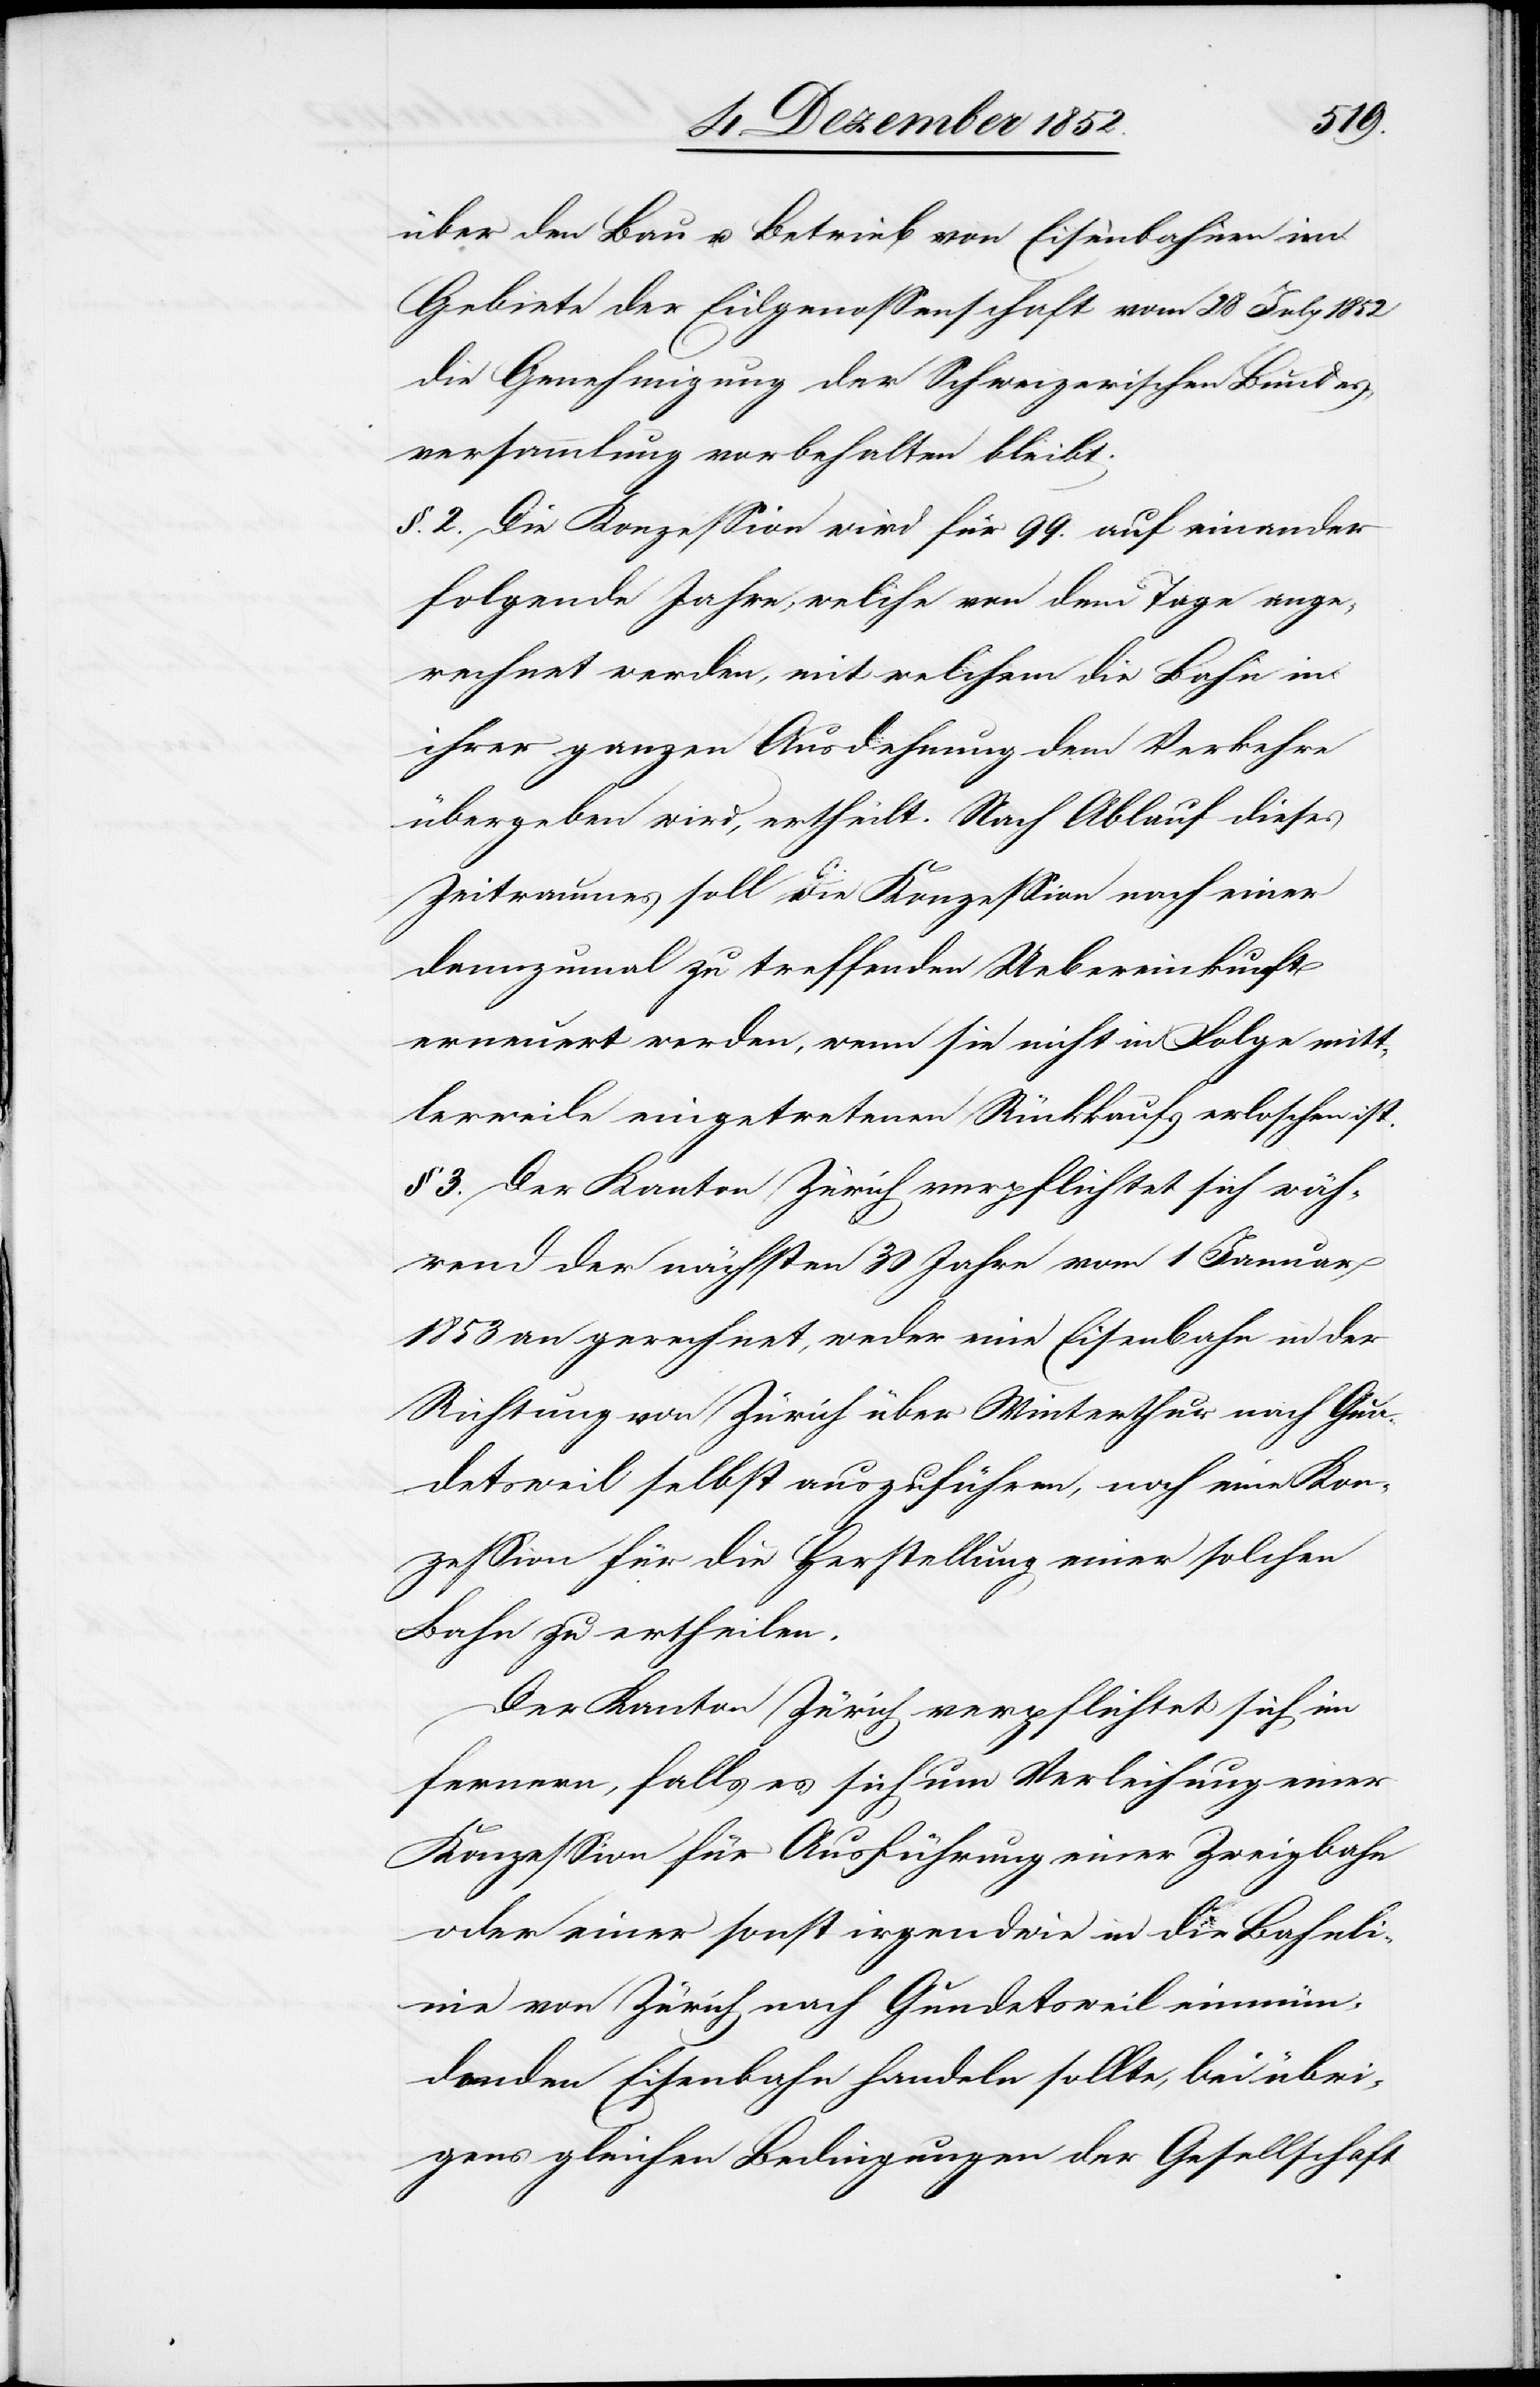
über den Bau u. Betrieb von Eisenbahnen im
Gebiete der Eidgenossenschaft vom 28 July 1852
die Genehmigung der Schweizerischen Bundes¬
versammlung vorbehalten bleibt.
§. 2. Die Konzession wird für 99. auf einander
folgende Jahre, welche von dem Tage ange¬
rechnet werden, mit welchem die Bahn in
ihrer ganzen Ausdehnung dem Verkehre
übergeben wird, ertheilt. Nach Ablauf dieses
Zeitraumes soll die Konzession nach einer
dannzumal zu treffenden Uebereinkunft
erneuert werden, wenn sie nicht in Folge mitt¬
lerweile eingetretenen Rückkaufs erloschen ist.
§ 3. Der Kanton Zürich verpflichtet sich wäh¬
rend der nächsten 30 Jahre vom 1 Januar
1853 an gerechnet, weder eine Eisenbahn in der
Richtung von Zürich über Winterthur nach Gun¬
detsweil selbst auszuführen, noch eine Kon¬
zession für die Herstellung einer solchen
Bahn zu ertheilen.
Der Kanton Zürich verpflichtet sich im
fernern, falls es sich um Verleihung einer
Konzession für Ausführung einer Zweigbahn
oder einer sonst irgendwie in die Bahnli¬
nie von Zürich nach Gundetsweil einmün¬
denden Eisenbahn handeln sollte, bei übri¬
gens gleichen Bedingungen der Gesellschaft